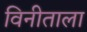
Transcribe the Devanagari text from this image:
विनीताला